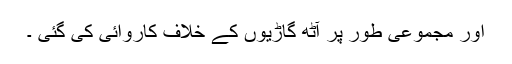
اور مجموعی طور پر آٹھ گاڑیوں کے خلاف کاروائی کی گئی ۔